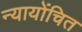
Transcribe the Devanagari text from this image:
न्‍यायोंचित